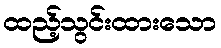
ထည့်သွင်းထားသော